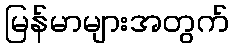
မြန်မာများအတွက်